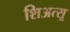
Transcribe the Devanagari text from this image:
शिअत्सू